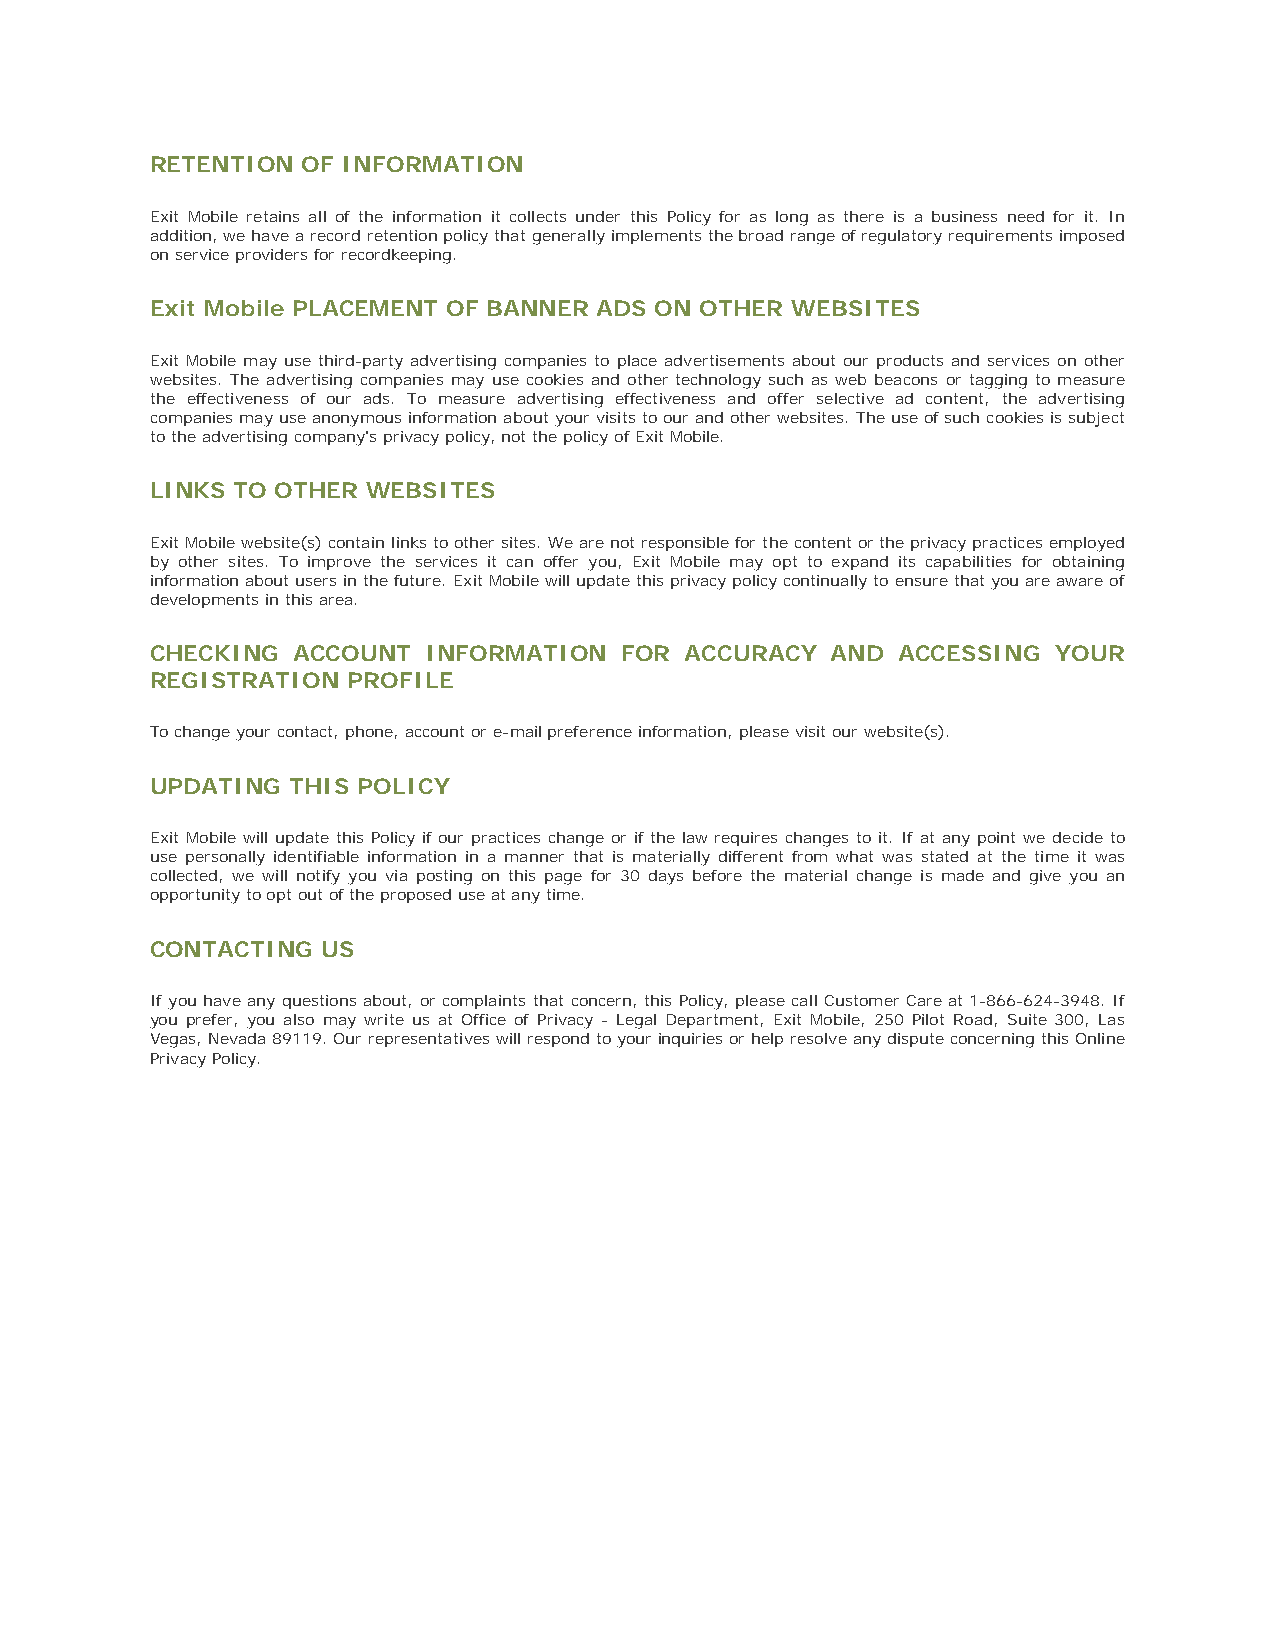
RETENTION OF INFORMATION
 Exit Mobile retains all of the information it collects under this Policy for as long as there is a business need for it. In
 addition, we have a record retention policy that generally implements the broad range of regulatory requirements imposed
 on service providers for recordkeeping.
 Exit Mobile PLACEMENT OF BANNER ADS ON OTHER WEBSITES
 Exit Mobile may use third-party advertising companies to place advertisements about our products and services on other
 websites. The advertising companies may use cookies and other technology such as web beacons or tagging to measure
 the effectiveness of our ads. To measure advertising effectiveness and offer selective ad content, the advertising
 companies may use anonymous information about your visits to our and other websites. The use of such cookies is subject
 to the advertising company's privacy policy, not the policy of Exit Mobile.
 LINKS TO OTHER WEBSITES
 Exit Mobile website(s) contain links to other sites. We are not responsible for the content or the privacy practices employed
 by other sites. To improve the services it can offer you, Exit Mobile may opt to expand its capabilities for obtaining
 information about users in the future. Exit Mobile will update this privacy policy continually to ensure that you are aware of
 developments in this area.
 CHECKING ACCOUNT  INFORMATION  FOR ACCURACY  AND ACCESSING  YOUR
 REGISTRATION PROFILE
 To change your contact, phone, account or e-mail preference information, please visit our website(s).
 UPDATING THIS POLICY
 Exit Mobile will update this Policy if our practices change or if the law requires changes to it. If at any point we decide to
 use personally identifiable information in a manner that is materially different from what was stated at the time it was
 collected, we will notify you via posting on this page for 30 days before the material change is made and give you an
 opportunity to opt out of the proposed use at any time.
 CONTACTING US
 If you have any questions about, or complaints that concern, this Policy, please call Customer Care at 1-866-624-3948. If
 you prefer, you also may write us at Office of Privacy - Legal Department, Exit Mobile, 250 Pilot Road, Suite 300, Las
 Vegas, Nevada 89119. Our representatives will respond to your inquiries or help resolve any dispute concerning this Online
 Privacy Policy.